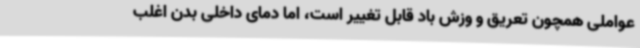
عواملی همچون تعریق و وزش باد قابل تغییر است، اما دمای داخلی بدن اغلب